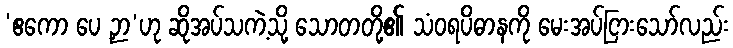
‘ဧကော ပေ ဉှာ’ဟု ဆိုအပ်သကဲ့သို့ သောတတို့၏ သံဝရပိဓာနကို မေးအပ်ငြားသော်လည်း